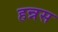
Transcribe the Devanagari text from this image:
हन्नस